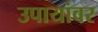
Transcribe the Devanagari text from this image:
उपायांवर